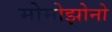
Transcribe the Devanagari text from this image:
मोमोझोनो